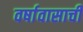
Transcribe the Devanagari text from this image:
वर्षावासाची